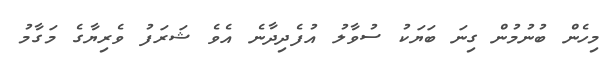
މިހެން ބުނުމުން ގިނަ ބަޔަކު ސުވާލު އުފެދިދާނެ އެވެ ޝަރަފު ވެރިޔާގެ މަގާމު